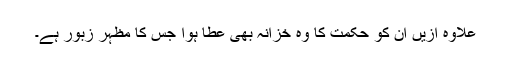
علاوہ ازیں ان کو حکمت کا وہ خزانہ بھی عطا ہوا جس کا مظہر زبور ہے۔